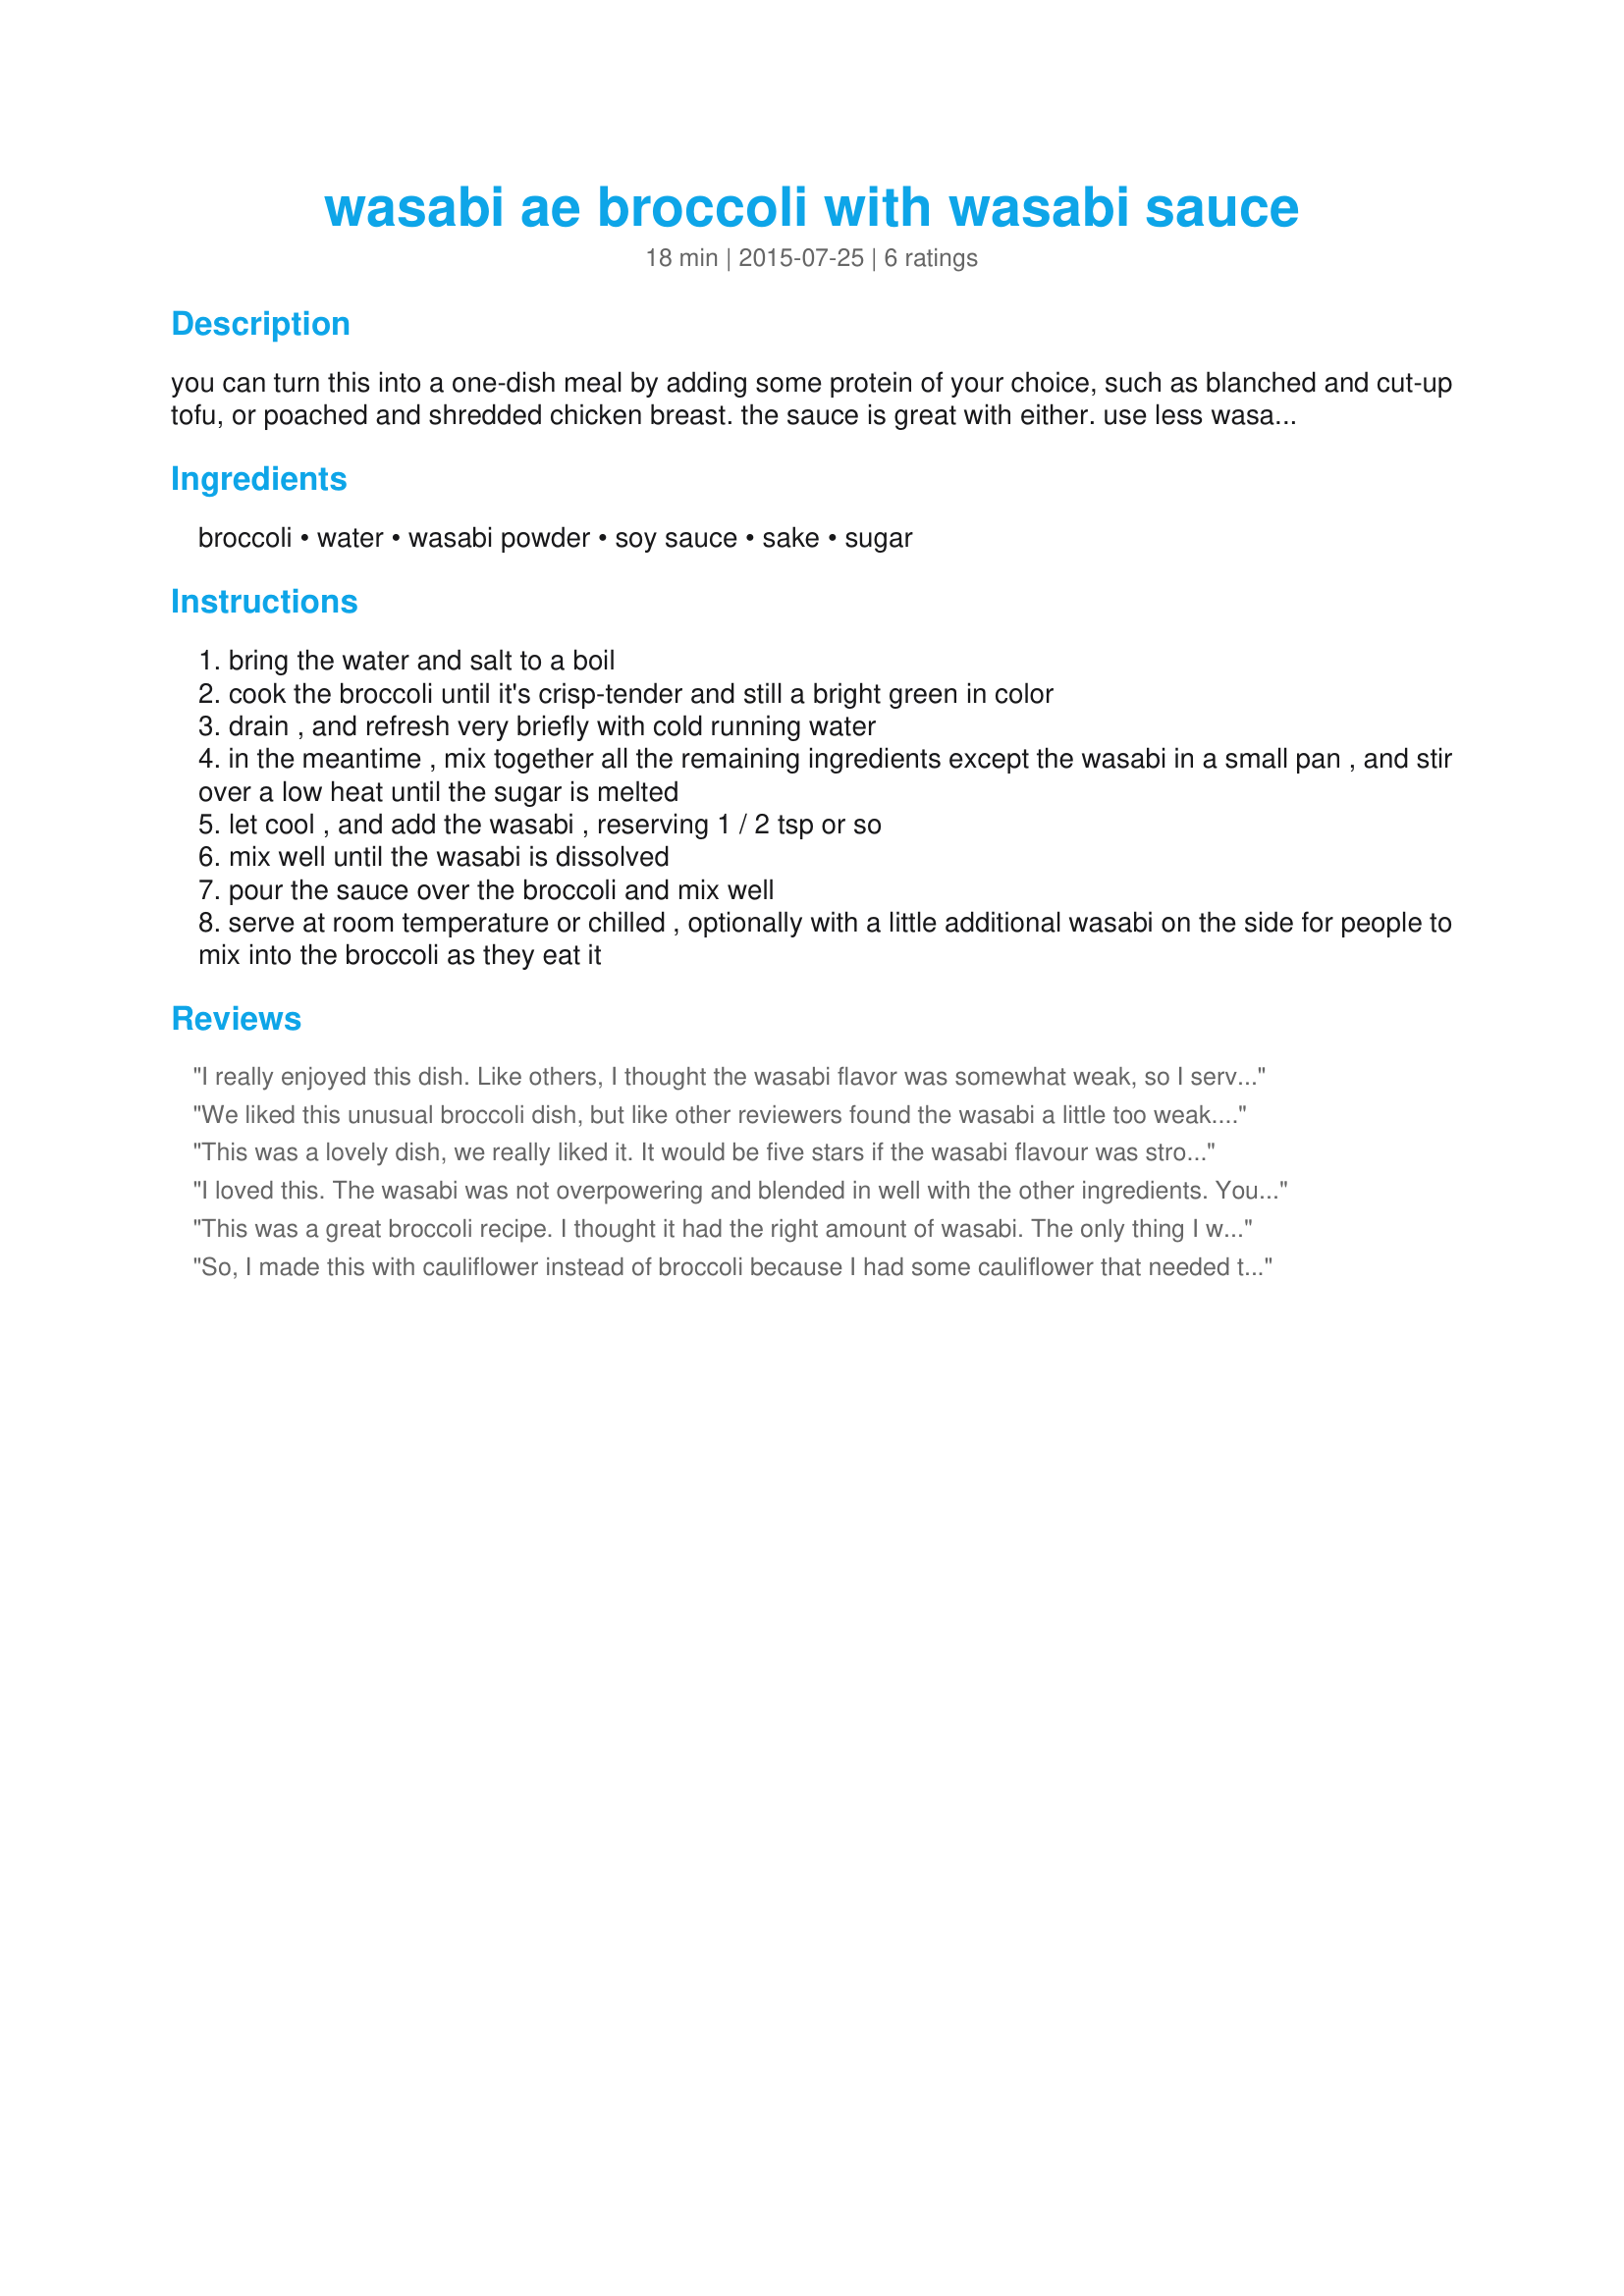
wasabi ae broccoli with wasabi sauce
Preparation time: 18 minutes

you can turn this into a one-dish meal by adding some protein of your choice, such as blanched and cut-up tofu, or poached and shredded chicken breast. the sauce is great with either. use less wasabi if you find it too strong. from the blog "just hungry" . cooking time is approximate

Ingredients:
broccoli, water, wasabi powder, soy sauce, sake, sugar

Steps:
bring the water and salt to a boil
cook the broccoli until it's crisp-tender and still a bright green in color
drain , and refresh very briefly with cold running water
in the meantime , mix together all the remaining ingredients except the wasabi in a small pan , and stir over a low heat until the sugar is melted
let cool , and add the wasabi , reserving 1 / 2 tsp or so
mix well until the wasabi is dissolved
pour the sauce over the broccoli and mix well
serve at room temperature or chilled , optionally with a little additional wasabi on the side for people to mix into the broccoli as they eat it

Reviews:
I really enjoyed this dish. Like others, I thought the wasabi flavor was somewhat weak, so I served some wasabi on the side as well. Thanks, Linda for sharing. Made for Culinary Quest 2.
We liked this unusual broccoli dish, but like other reviewers found the wasabi a little too weak. Once the broccoli was cooked and slightly cooled, I put it in a lidded container and poured the sauce over it. Every once in a while, I would shake it a little to distribute the sauce. We did serve it at room temperature. We&#039;ll definitely make it again, but will increase the wasabi to our taste. Thanks for posting! Made for Culinary Quest 2015 by a Toasted Tourist.
This was a lovely dish, we really liked it. It would be five stars if the wasabi flavour was stronger, I&#039;ll make it definitely again and use more wasabi :)
Thanks for sharing!
Made for Culinary Quest 2015 / Japan
I loved this. The wasabi was not overpowering and blended in well with the other ingredients. You can cook the broccoli your favorite way to make this dish (microwave, etc.) DH thought it was too bitter. I think he&#039;s wrong.
This was a great broccoli recipe. I thought it had the right amount of wasabi. The only thing I would do differently next time is to cut down on the amount of sauce. This broccoli would be a great addition to any Japanese meal! Thank you.
So, I made this with cauliflower instead of broccoli because I had some cauliflower that needed to be eaten. Very tasty, slightly asian flavor. Not very hot. I put all the wasabi in the sauce; probably should have saved some for on the side.
